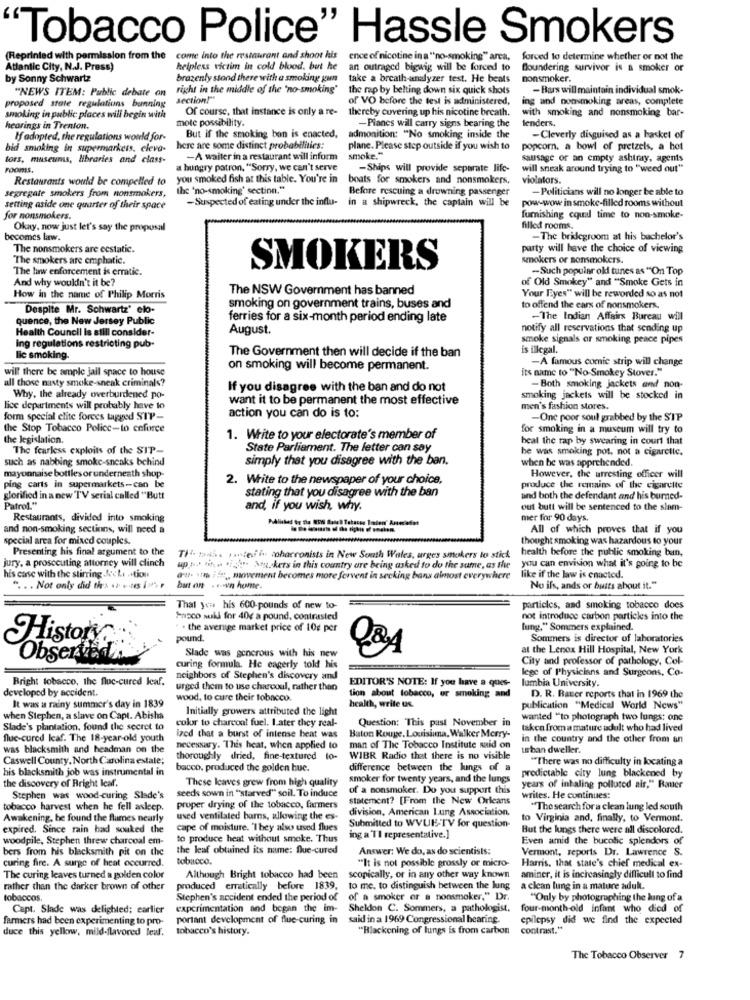
"Tobacco Police" Hassle Smokers
(Reprinted with permission from the
come into the restaurant and shoot his
ence of nicotine in a "no-smoking" area,
forced to determine whether or not the
Atlantic City, N.J. Press)
helpless victim in cold blood, but he
an outraged bigwig will be forced to
Bloundering survivor is a smoker or
by Sonny Schwartz
brazenty stond there with a smoking gun
take a breath-analyzer test. He beats
nonsmoker.
"NEWS ITEM: Public debate on
right in the middle of the 'no-smoking'
the rap by belting down six quick shots
- Bars will maintain individual smok-
section!"
of VO before the test is administered,
ing and nonsmoking areas, complete
proposed state regulations bunning
Of course, that instance is only a re- thereby covering up his nicotine breath.
with smoking and nonsmoking bar-
smoking in public places will begin with
mote possibility.
-Planes will carry signs bearing the
tenders.
hearings in Trenton.
If adopted, the regulations would for-
But if the smoking ban is enacted,
admonition: "No smoking inside the
-Cleverly disguised as a basket of
bid smoking in supermarkets. cleva-
here are some distinct probabilities:
plane. Please step outside if you wish to
popcorn. a bowl of pretzels, a hot
tors, museums, libraries and class-
-A wailer in a restaurant will inform
smoke."
sausage or an empty ashtray, agents
rooms,
a hungry patron, "Sorry, we can't serve
-Ships will provide separate life-
will sneak around trying to "weed out"
Restaurants would be compelled to
you smoked fish at this table. You're in
boats for smokers and nonsmokers.
violators.
segregate smokers from nonsmokers,
the 'no-smoking' section."
Before rescuing a drowning passenger
-Politicians will no longer be able to
-Suspected of eating under the influ-
in a shipwreck, the captain will be
pow-wow in smoke-filled rooms without
setting aside one quarter of their space
for nonsmokers.
furnishing cqual time to non-smoke-
Okay, now just let's say the proposal
filled rooms.
becomes law.
-The bridegroom at his bachelor's
The nonsmokers are ecstatic.
party will have the choice of viewing
The smokers are emphatic.
smokers or nonsmokers.
The law enforcement is erratic.
SMOKERS
-Such popular old tunes as "On Top
And why wouldn't it be?
of Old Smokey" and "Smoke Gets in
The NSW Government has banned
How in the name of Philip Morris
Your Eyes" will be reworded so as not
Despite Mr. Schwartz' elo-
smoking on government trains, buses and
to offend the cars of nonsmokers.
quence, the New Jersey Public
ferries for a six-month period ending late
-The Indian Affairs Bureau will
Health Council Is still consider-
August.
notify all reservations that sending up
Ing regulations restricting pub-
smoke signals or smoking peace pipes
The Government then will decide if the ban
is illegal.
lic smoking.
-A famous comic strip will change
will there be ample jall space to house
on smoking will become permanent.
its name to "No-Smokey Stover."
all those nasty smoke-sneak criminals?
If you disagree with the ban and do not
-Both smoking jackets and non-
Why, the already overburdened po-
want it to be permanent the most effective
smoking jackets will be stocked in
lice departments will probably have to
men's fashion stores.
form special elite forces tagged STP-
action you can do is to:
-One poor soul grabbed by the STP
the Stop Tobacco Police-to enforce
for smoking in a museum will try to
the legislation.
1. Write to your electorate's member of
heal the rap by swearing in court that
The fearless exploits of the SIP-
State Parliament. The letter can say
he was smoking pot, not a cigarette.
such as nabbing smoke-sneaks behind
simply that you disagree with the ban.
when he was apprehended.
mayonnaise bottles or underneath shop-
ping carts in supermarkets-can be
2. Write to the newspaper of your choice,
However, the urresting officer will
stating that you disagree with the ban
produce the remains of the cigarette
glorified in a new TV serial called "Butt
Patrol."
and both the defendant and his burned-
and, if you wish, why.
out butt will be sentenced to the slam-
Restaurants, divided into smoking
mer for 90 days.
and non-smoking sections, will need a
All of which proves that if you
special area for mixed couples.
thought smoking was hazardous to your
Presenting his final argument to the
health before the public smoking bun,
jury, a prosecuting attorney will clinch
TI bub. Tweeih charronists in New South Wales, arges smokers to stick
up p. i . "" S kets in this country are being asked to do the same, as the
you can envision what it's going to be
his case with the stirring &c Li -tion
att un ifn, movement becomes more fervent in secking bans almost everywhere
like if the law is enacted.
" .. . Not only did the . .. us [""
but on . .- v home.
No ils, ands or busts about it."
That yen his 600-pounds of new to-
particles, and smoking tobacco does
Pasco suki for 40g a pound, contrasted
not introduce carbon particles into the
. the average market price of 10g per
fung," Sommers explained.
pound.
Sommers is director of laboratories
History
at the Lenox Hill Hospital, New York
Obser
Slade was generous with his new
City and professor of pathology, Col-
curing formula. He eagerly told his
lege of Physicians and Surgeons, Co-
Bright tobacco, the fluc-cured leaf.
neighbors of Stephen's discovery and
lumbia University.
developed by accident.
urged them to use charcoul, rather than
EDITOR'S NOTE: If you have a ques-
wood, to cure their tobacco.
health, write us.
tion about tobacco, or smoking and
D. R. Bater reports that in 1969 the
It was a rainy summer's day in 1839
Initially growers attributed the light
publication "Medical World News"
when Stephen, a slave on Capt. Abisha
color to charcoal fuel. Later they real-
Question: This past November in
wanted "to photograph two lungs: one
Slade's plantation, found the secret to
Baton Rouge, Louisiana. Walker Merry-
taken from a mature adult who had lived
flue-cured leaf. The 18-year-old youth
ized that a burst of intense heat was
in the country and the other from an
was blacksmith and headman on the
necessary. "This heat, when applied to
man of The Tobacco Institute said on
urban dweller.
Caswell County, North Carolina estale;
thoroughly dried, fine-textured lo-
WIBR Radio that there is no visible
"There was no difficulty in locating a
his blacksmith job was instrumental in
bacco. produced the golden hue.
difference between the lungs of a
These leaves grew from high quality
smoker for twenty years, and the lungs
predictable city lung blackened by
the discovery of Bright Icaf.
seeds sown in "starved" soil. To induce
of a nonsmoker. Do you support this
years of inhaling polluted air," Bauer
Stephen was wood-curing Slade's
statement? [From the New Orleans
writes. He continues:
tobacco harvest when he fell asleep.
proper drying of the tobacco, farmers
division, American Lung Association.
"The search for a clean lung led south
Awakening, he found the flames nearly
used ventilated barns, allowing the es-
to Virginia and, finally, to Vermont.
expired. Since rain had souked the
cape of moisture. "They also used flues
Submitted to WVUE-TV for question-
But the lungs there were all discolored.
woodpile, Stephen threw charcoal em-
to produce heat without smoke. Thus
ing a 'TI representative.]
Even amid the bucolic splendors of
bers from his blacksmith pit on the
the leaf obtained its name: flue-cured
Answer: We do, as do scientists:
Vermont, reports Dr. Lawrence S.
curing fire. A surge of heat occurred.
tobacco.
Harris, that state's chief medical ex-
"It is not possible grossly or micro-
The curing leaves turned a golden color
Although Bright tobacco had been
scopically, or in any other way known
aminer, it is increasingly difficult to find
rather than the darker brown of other
produced erratically before 1839,
to me. to distinguish between the lung
a clean lung in a mature adul.
tobaccos.
Stephen's accident ended the period of
of a smoker er a nonsmoker," Dr.
"Only by photographing the lung of a
Capt. Slade was delighted; earlier
experimentation and began the im-
Sheldon C. Sommers, a pathologist.
four-month -old infant who died of
farmers had been experimenting to pro-
portant development of flue-curing in said in a 1969 Congressional bearing.
epilepsy did we find the expected
duce this yellow, mild-flavored leaf.
tobacco's history.
"Blackening of lungs is from carbon
contrast."
The Tobacco Observer 7